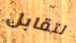
لتقابل